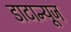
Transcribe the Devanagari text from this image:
डाटान्यूज